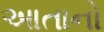
આતાનો